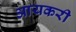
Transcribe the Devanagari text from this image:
आयकरी